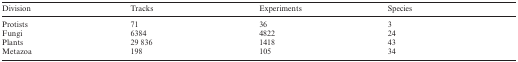
<table><thead><tr><td><b>Division</b></td><td><b>Tracks</b></td><td><b>Experiments</b></td><td><b>Species</b></td></tr></thead><tbody><tr><td>Protists</td><td>71</td><td>36</td><td>3</td></tr><tr><td>Fungi</td><td>6384</td><td>4822</td><td>24</td></tr><tr><td>Plants</td><td>29 836</td><td>1418</td><td>43</td></tr><tr><td>Metazoa</td><td>198</td><td>105</td><td>34</td></tr></tbody></table>